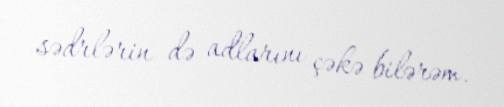
sədrlərin də adlarını çəkə bilərəm.